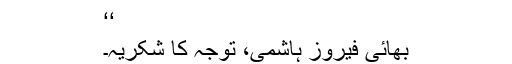
‘‘
بھائی فیروز ہاشمی، توجہ کا شکریہ۔